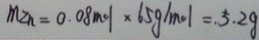
m _ { z n } = 0 . 0 8 m o l \times 6 5 g / m o l = . 5 . 2 g